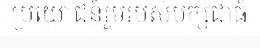
ប្រយោជន៍រួមរបស់បក្សជាធំ